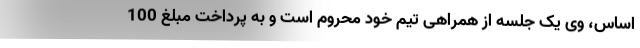
اساس، وی یک جلسه از همراهی تیم خود محروم است و به پرداخت مبلغ 100